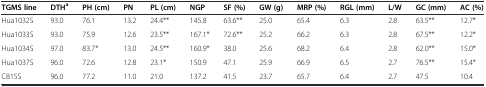
| TGMS line | DTHa | PH (cm) | PN | PL (cm) | NGP | SF (%) | GW (g) | MRP (%) | RGL (mm) | L/W | GC (mm) | AC (%) |
 | --- | --- | --- | --- | --- | --- | --- | --- | --- | --- | --- | --- | --- |
 | Hua1032S | 93.0 | 76.1 | 13.2 | 24.4** | 145.8 | 63.6** | 25.0 | 65.4 | 6.3 | 2.8 | 63.5** | 12.7* |
 | Hua1033S | 93.0 | 75.9 | 12.6 | 23.5** | 167.1* | 72.6** | 25.2 | 66.2 | 6.3 | 2.8 | 67.5** | 12.2* |
 | Hua1034S | 97.0 | 83.7* | 13.0 | 24.5** | 160.9* | 38.0 | 25.6 | 68.2 | 6.4 | 2.8 | 62.0** | 15.0* |
 | Hua1037S | 96.0 | 72.6 | 12.8 | 23.1* | 150.9 | 47.1 | 25.9 | 66.9 | 6.5 | 2.7 | 76.5** | 15.4* |
 | C815S | 96.0 | 77.2 | 11.0 | 21.0 | 137.2 | 41.5 | 23.7 | 65.7 | 6.4 | 2.7 | 47.5 | 10.4 |